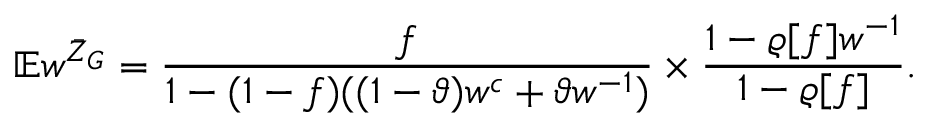
\mathbb { E } w ^ { \bar { Z } _ { G } } = \frac { f } { 1 - ( 1 - f ) ( ( 1 - \vartheta ) w ^ { c } + \vartheta w ^ { - 1 } ) } \times \frac { 1 - \varrho [ f ] w ^ { - 1 } } { 1 - \varrho [ f ] } .